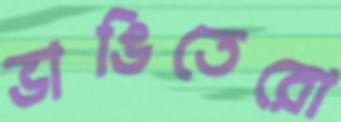
ভাঙিতেরো